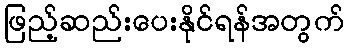
ဖြည့်ဆည်းပေးနိုင်ရန်အတွက်